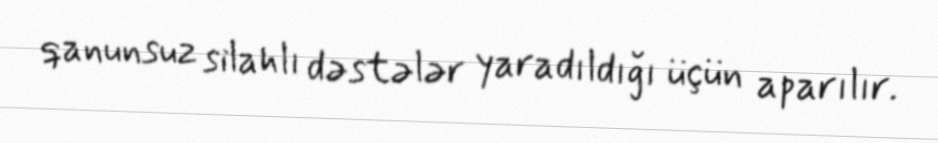
qanunsuz silahlı dəstələr yaradıldığı üçün aparılır.